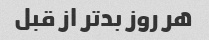
هر روز بدتر از قبل